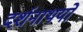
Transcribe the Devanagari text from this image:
दर्शनाथयों